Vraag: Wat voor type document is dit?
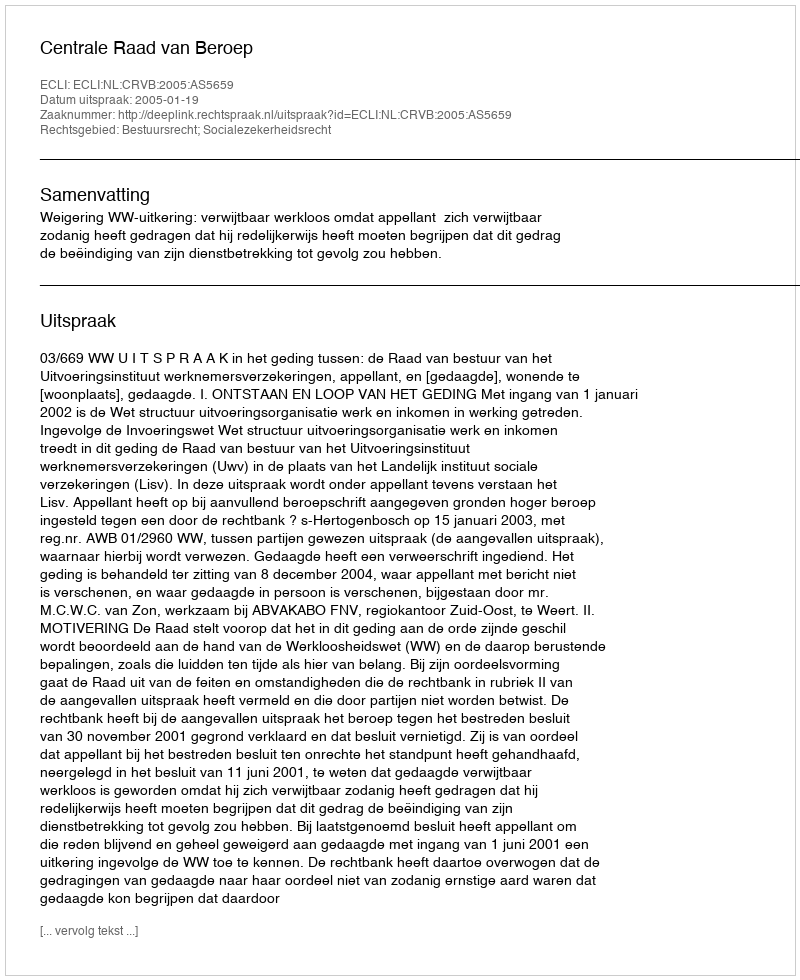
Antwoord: Uitspraak